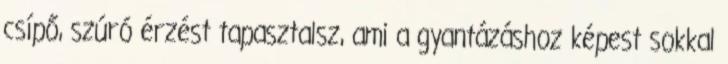
csípő, szúró érzést tapasztalsz, ami a gyantázáshoz képest sokkal